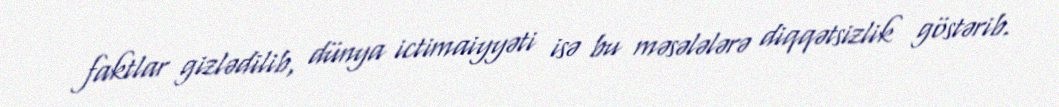
faktlar gizlədilib, dünya ictimaiyyəti isə bu məsələlərə diqqətsizlik göstərib.